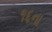
૧૬ના